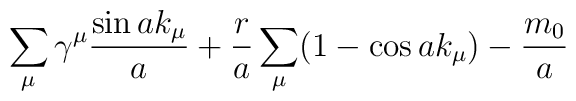
\sum_{\mu}\gamma^{\mu}\frac{\sin ak_{\mu}}{a} + \frac{r}{a}\sum_{\mu}(1 -\cos ak_{\mu}) - \frac{m_{0}}{a}